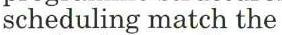
scheduling match the